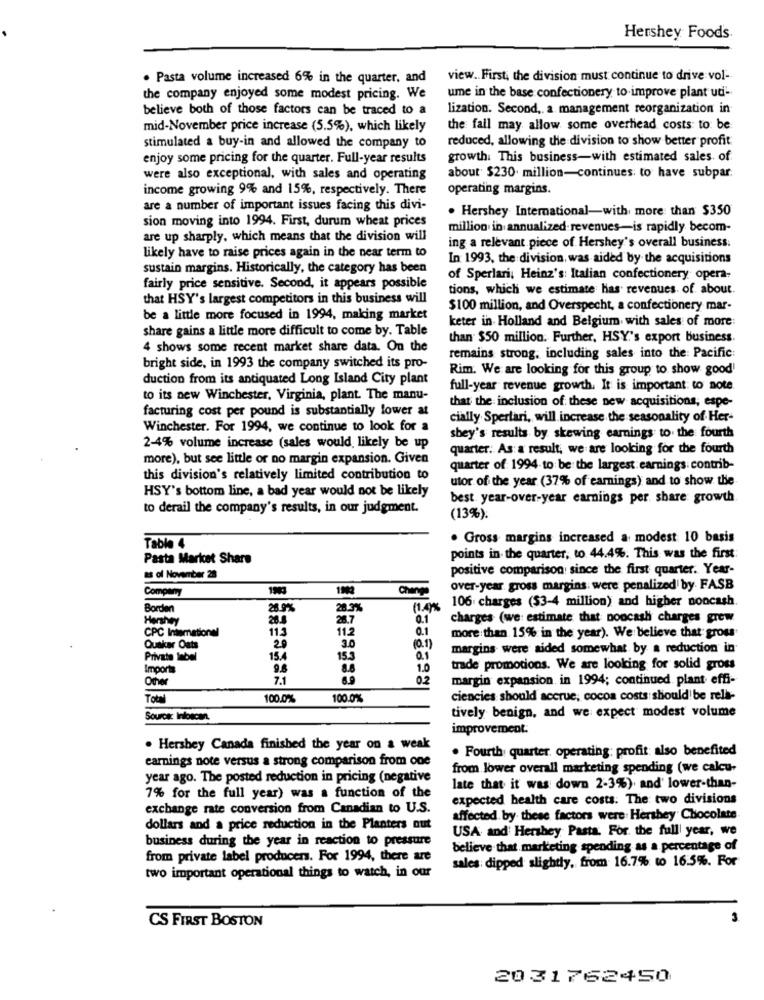
Hershey Foods
. Pasta volume increased 6% in the quarter, and
view .. First, the division must continue to drive vol-
the company enjoyed some modest pricing. We
ume in the base confectionery to improve plant ud-
believe both of those factors can be traced to a
lization. Second ,. a. management reorganization in
mid-November price increase (5.5%), which likely
the fall may allow some overhead costs to be
reduced, allowing the division to show better profit
stimulated a buy-in and allowed the company to
enjoy some pricing for the quarter. Full-year results
growth. This business-with estimated sales of
were also exceptional, with sales and operating
about $230 million-continues to have subpar.
income growing 9% and 15%, respectively. There
operating margins.
are a number of important issues facing this divi-
. Hershey International-with more than $350
sion moving into 1994. First, durum wheat prices
million in annualized revenues-is rapidly becom-
are up sharply, which means that the division will
ing a relevant piece of Hershey's overall business.
likely have to raise prices again in the near term to
In 1993, the division, was aided by the acquisitions
sustain margins. Historically, the category has been
of Sperlari, Heinz's: Italian confectionery opera-
fairly price sensitive. Second, it appears possible
tions, which we estimate has revenues of about.
that HSY's largest competitors in this business will
$100 million, and Overspecht, a confectionery mar-
be a little more focused in 1994, making market
keter in Holland and Belgium with sales of more:
share gains a little more difficult to come by. Table
than $50 million. Further, HSY's export business.
4 shows some recent market share data. On the
remains strong, including sales into the: Pacific:
bright side, in 1993 the company switched its pro-
Rim. We are looking for this group to show good'
duction from its antiquated Long Island City plant
full-year revenue growth. It is important to note
to its new Winchester, Virginia, plant. The manu-
facturing cost per pound is substantially lower at
that the inclusion of these new acquisitions, espe-
cially Spertari, will increase the seasonality of Her-
Winchester. For 1994, we continue to look for a
shey's results by skewing earnings to the fourth
2-4% volume increase (sales would, likely be up
quarter. As a result, we are looking for the fourth
more), but see little or no margin expansion. Given
quarter of: 1994 to be the largest earnings contrib-
this division's relatively limited contribution to
utor of the year (37% of earnings) and to show the
HSY's bottom line, a bad year would not be likely
best year-over-year earnings per share growth
to derail the company's results, in our judgment.
(13%).
. Gross margins increased a modest 10 basis
Table 4
Pasta Market Share
points in the quarter, to 44.4%. This was the first
positive comparison since the first quarter. Year-
as of November 28
Company
over-year gross margins: were penalized by. FASB
106 charges ($3-4 million) and higher noncash
Borden
26.9%
TR
20.3%
11.4%
Hershey
28.7
0.1
charges (we estimate that noncash charges grew
CPC Intemationel
11.3
11.2
0.1
20
more than 15% in the year). We believe that gross
Quaker Oats
3.0
(0.1)
margins were aided somewhat by a reduction in
Private label
15.4
15.3
0.1
Imports
9.8
8.8
1.0
trade promotions. We are looking for solid gross
Other
7.1
margin expansion in 1994; continued plant effi-
Tot
100.0%
100.0%
ciencies should accrue, cocoa costs should be reli-
Source: Infoscan.
tively benign, and we expect modest volume
improvement.
. Hershey Canada finished the year on a weak
. Fourth quarter. operating: profit also benefited
earnings note versus a strong comparison from one
from lower overall marketing spending (we calcu-
year ago. The posted reduction in pricing (negative
late that it was down 2-3%) and' lower-than-
7% for the full year) was a function of the
expected health care costs. The two divisions
exchange rate conversion from Canadian to U.S.
affected by. these factors were Hershey Chocolate
dollars and a price reduction in the Planters out
USA and Hershey Pasta. For the full year, we
business during the year in reaction to pressure
believe that marketing spending as a percentage of
from private label producers. For 1994, there are
sales: dipped slightly, from 16.7% to 16.5%. For
two important operational things to watch, in our
CS FIRST BOSTON
n
2031762450